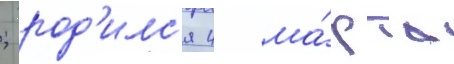
; род'илс'я 4 ма́рта